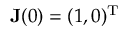
{ \mathbf { J } ( 0 ) = ( 1 , 0 ) ^ { \mathrm { T } } }